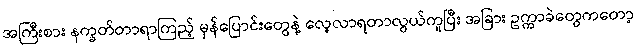
အကြီးစား နက္ခတ်တာရာကြည့် မှန်ပြောင်းတွေနဲ့ လေ့လာရတာလွယ်ကူပြီး အခြား ဥက္ကာခဲတွေကတော့